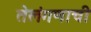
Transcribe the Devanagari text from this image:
तेलंगणाची